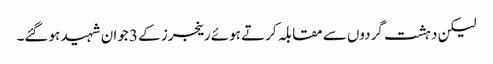
لیکن دہشت گردوں سے مقابلہ کرتے ہوئے رینجرز کے 3 جوان شہید ہوگئے۔